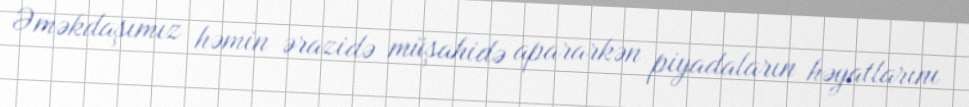
Əməkdaşımız həmin ərazidə müşahidə apararkən piyadaların həyatlarını